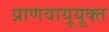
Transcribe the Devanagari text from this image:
प्राणवायूयूक्त